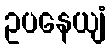
ဥပနေယျံ